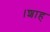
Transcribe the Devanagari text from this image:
।शाह